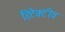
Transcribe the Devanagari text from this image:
डिटेक्टीव